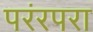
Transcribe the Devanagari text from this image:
परंरपरा